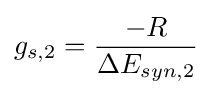
g_{s,2}={\dfrac {-R}{\Delta E_{syn,2}}}